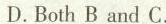
D.Both B and C.